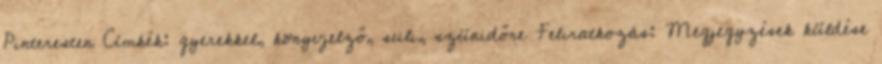
Pinteresten Címkék: gyerekkel, könyvjelző, suli, szünidőre Feliratkozás: Megjegyzések küldése